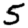
Digit: 5